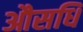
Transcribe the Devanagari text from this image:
औसधि